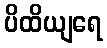
ပိထိယျရေ